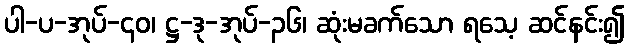
ပါ-ပ-အုပ်-၄၀၊ ဋ္ဌ-ဒု-အုပ်-၃၆၊ ဆုံးမခက်သော ရသေ့ ဆင်နင်း၍